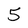
Character: 5